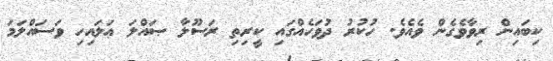
ކިބައިން ރިވާވެގެން ވެއެވެ. ހުކުރު ދުވަހެއްގައި ކީރިތި ރަސޫލާ ޞައްލަ ޢަލައިހި ވަސައްލަމަ